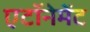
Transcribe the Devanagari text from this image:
एटॉनेमेंट